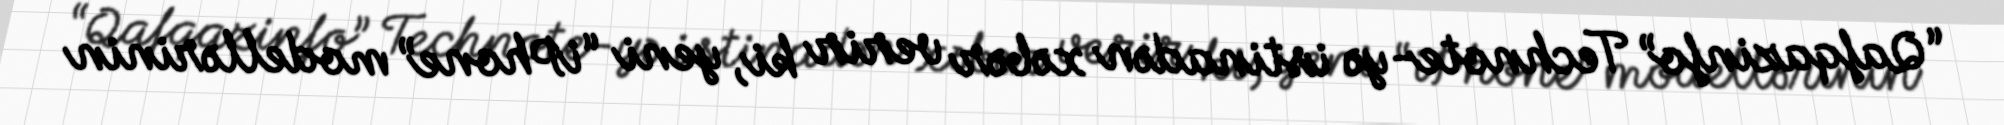
“Qafqazinfo” Technote-yə istinadən xəbər verir ki, yeni “iPhone” modellərinin